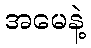
အမေနဲ့